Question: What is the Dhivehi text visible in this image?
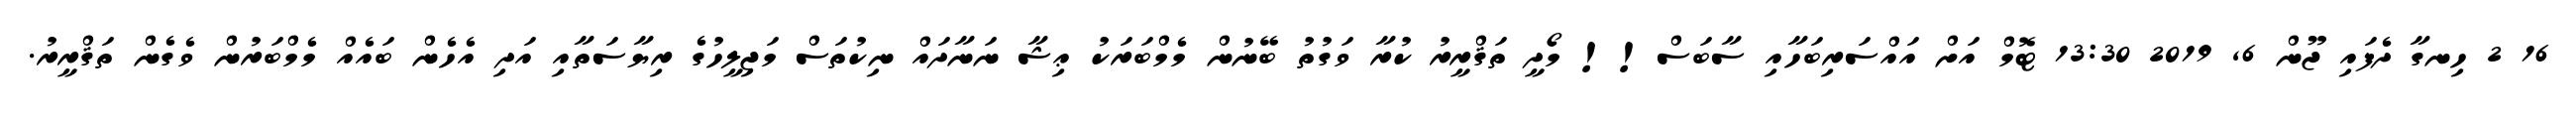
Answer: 16 2 ހިނގާ ދެފައި ޖޫން 6, 2019 13:30 ޓޮމް އަށް އައްސަރިބަހާއި ސާބަސް!! މޯދީ ތަޤްރީރު ކުރާ ވަގުތު ބޭނުން މެމްބަރަކު ޢިޝާ ނަނާދައް ނިކުތަސް މަޖިލީހުގެ ރިޔާސަތާއި އަދި އެހެން ބައެއް މެމްބަރުން ވެގެން ތަޤްރީރު.